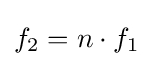
f_{2}=n\cdot f_{1}